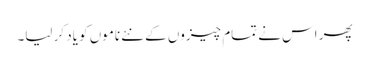
پھر اس نے تمام چیزوں کے نئے ناموں کو یاد کر لیا۔